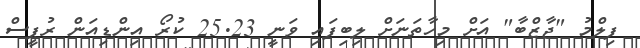
ފިލްމު "ޖާޒްބާ" އަށް މިހާތަނަށް ލިބިފައި ވަނީ 25.23 ކުރޯ އިންޑިއަން ރުޕީސް